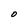
Character: 0